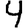
Digit: 4